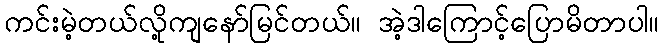
ကင်းမဲ့တယ်လို့ကျနော်မြင်တယ်။ အဲ့ဒါကြောင့်ပြောမိတာပါ။